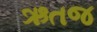
ઋતજ